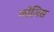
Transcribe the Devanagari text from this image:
ग्लेज़िस